Lunatic asylums Central Provinces reports 1895-1909 - 1895-1909
Year: 1895
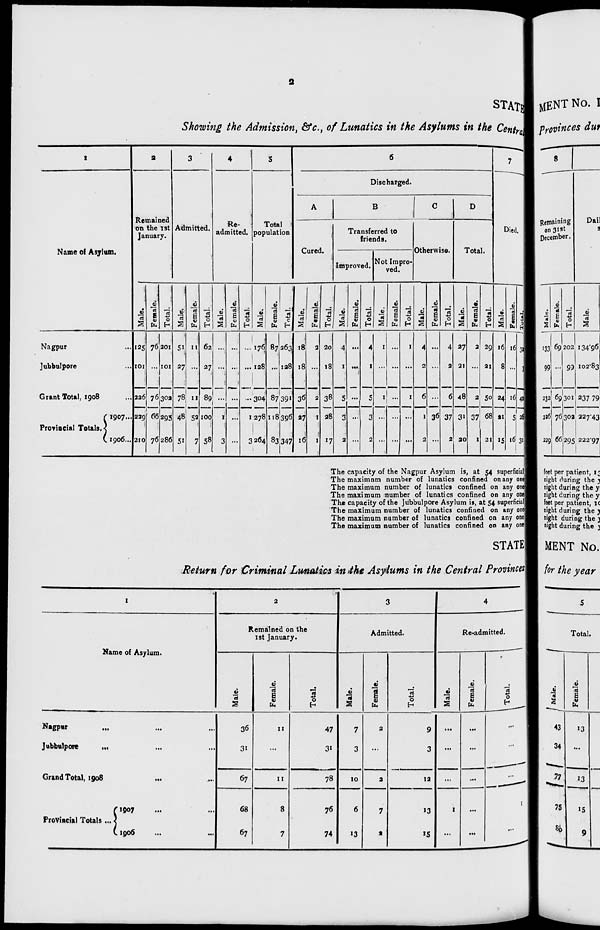
2
STATE
Showing the Admission, &c., of Lunatics in the Asylums in the Central
1
Name of Asylum.
Nagpur ...
Jubbulpore ...
Grant Total, 1908 ...
Provincial Totals.
1907...
1906 ...
2
Remained
on the 1st
January.
Male.
125
101
226
229
210
Female
76
...
76
66
76
Total.
201
101
302
293
286
3
Admitted.
Male.
51
27
78
48
51
Female.
11
...
11
52
7
Total.
62
27
89
100
58
4
Re-
admitted.
Male.
...
...
...
1
3
Female.
...
...
...
...
...
Total.
...
...
...
1
3
5
Total
population
Male.
176
128
304
278
264
Female.
87
...
87
118
83
Total.
263
128
391
396
347
6
Discharged.
A
Cured.
Male.
18
18
36
27
16
Female.
2
...
2
1
1
Total.
20
18
38
28
17
B
Transferred to
friends.
Improved.
Male.
4
1
5
3
2
Female.
...
...
...
...
...
Total.
4
1
5
3
2
Not Impro-
ved.
Male.
1
...
1
...
...
Female.
...
...
...
...
...
Total.
1
...
1
...
...
C
Otherwise.
Male.
4
2
6
1
2
Female.
...
...
...
36
...
Total.
4
2
6
37
2
D
Total.
Male.
27
21
48
31
20
Female.
2
...
2
37
1
Total.
29
21
50
68
21
7
Died.
Male.
16
8
24
21
15
Female.
16
...
16
5
16
Total
32
8
40
26
31
The capacity of the Nagpur Asylum is, at 54 superficial
The maximum number of lunatics confined on any one
The maximum number of lunatics confined on any one
The maximum number of lunatics confined on any one
The capacity of the Jubbulpore Asylum is, at 54 superficial
The maximum number of lunatics confined on any one
The maximum number of lunatics confined on any one
The maximum number of lunatics confined on any one
STATE
Return for Criminal Lunatics in the Asylums in the Central Provinces
1
Name of Asylum.
Nagpur ... ... ...
Jubbulpore ... ... ...
Grand Total, 1908 ... ...
Provincial Totals ...
1907 ... ...
1906 ... ...
2
Remained on the
1st January.
Male.
36
31
67
68
67
Female.
11
...
11
8
7
Total.
47
31
78
76
74
3
Admitted.
Male.
7
3
10
6
13
Female.
2
...
2
7
2
Total.
9
3
12
13
15
4
Re-admitted.
Male.
...
...
...
1
...
Female.
...
...
...
...
...
Total.
...
...
...
1
...